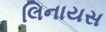
લિનાયસ